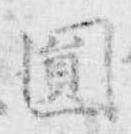
円